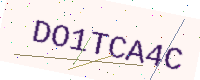
Text: DO1TCA4C